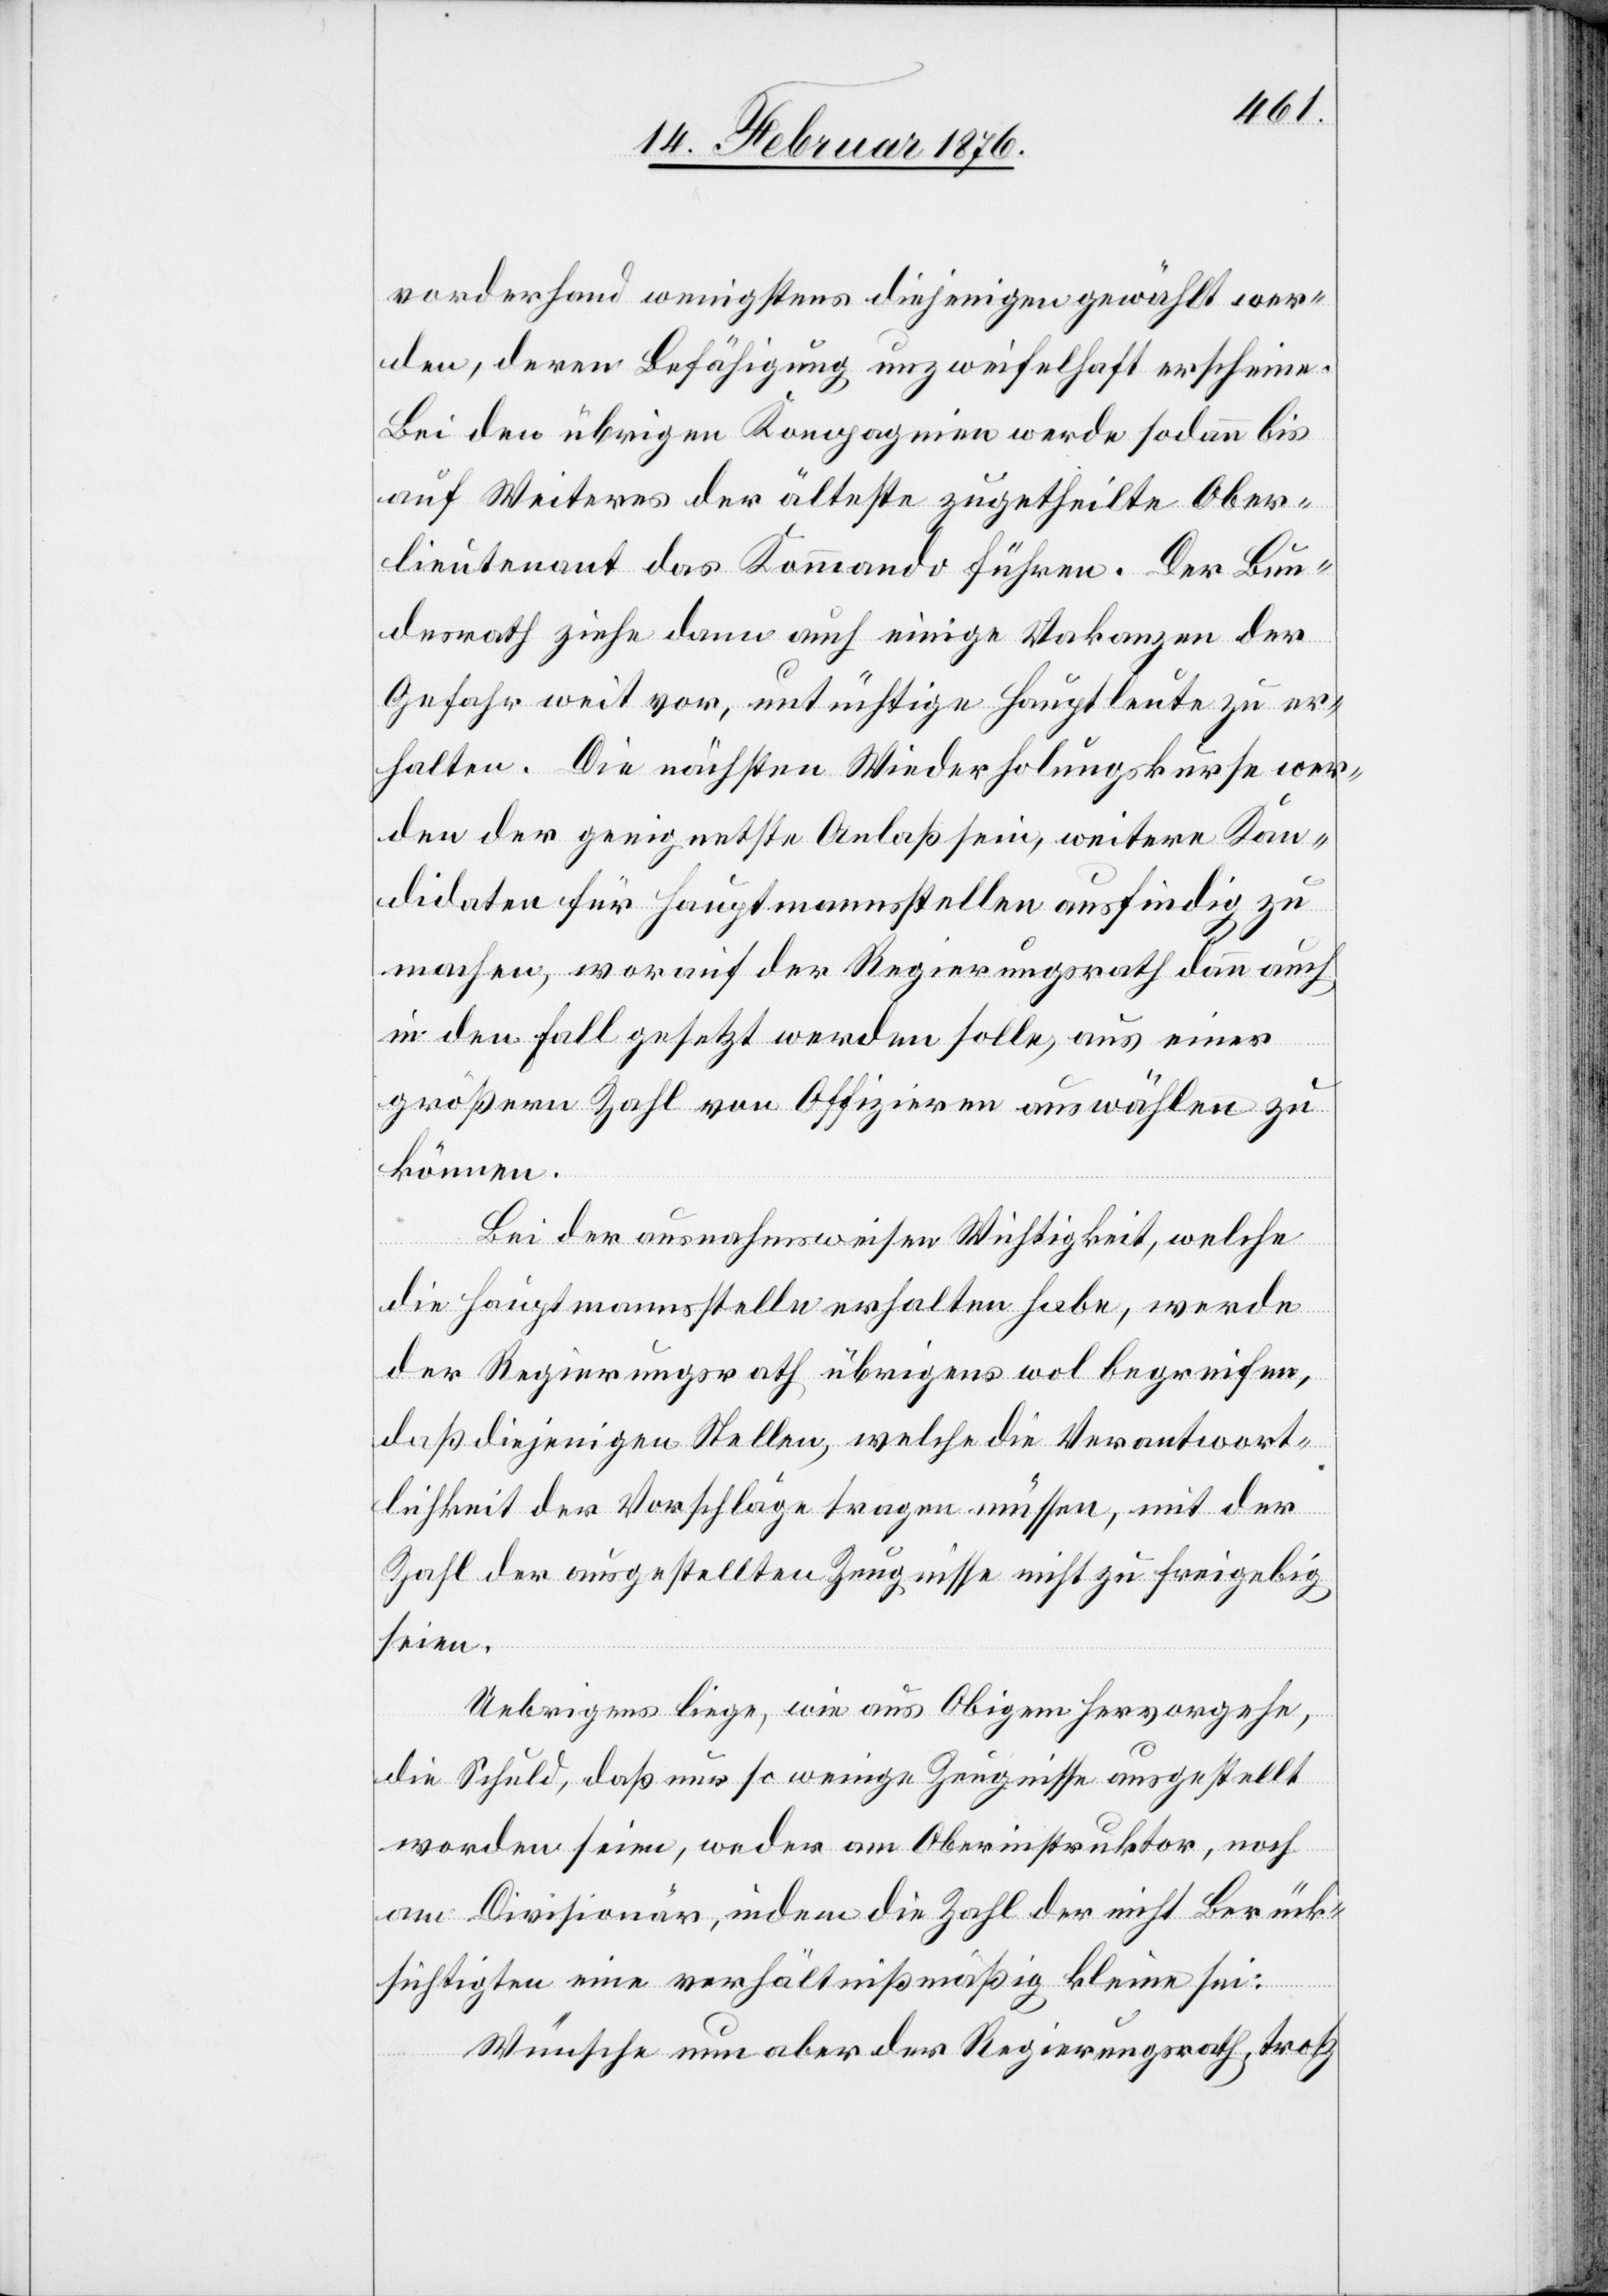
vorderhand wenigstens diejenigen gewählt wer¬
den, deren Befähigung unzweifelhaft erscheine.
Bei den übrigen Kompagnien werde sodann bis
auf Weiteres der älteste zugetheilte Ober¬
lieutenant das Kommando führen. Der Bun¬
desrath ziehe dann auch einige Vakanzen der
Gefahr weit vor, untüchtige Hauptleute zu er¬
halten. Die nächsten Wiederholungskurse wer¬
den der geeignetste Anlaß sein, weitere Kan¬
didaten für Hauptmannsstellen ausfindig zu
machen, worauf der Regierungsrath dann auch
in den Fall gesetzt werden solle, aus einer
größeren Zahl von Offizieren auswählen zu
können.
Bei der ausnahmsweisen Wichtigkeit, welche
die Hauptmannsstelle erhalten habe, werde
der Regierungsrath übrigens wol begreifen,
daß diejenigen Stellen, welche die Verantwort¬
lichkeit der Vorschläge fragen müssen, mit der
Zahl der ausgestellten Zeugnisse nicht zu freigebig
seien.
Uebrigens liege, wie aus Obigem hervorgehe,
die Schuld, daß nur so wenige Zeugnisse ausgestellt
worden seien, weder am Oberinstruktor, noch
am Divisionär, indem die Zahl der nicht Berück¬
sichtigten eine verhältnißmäßig kleine sei:
Wünsche nun aber der Regierungsrath, trotz